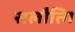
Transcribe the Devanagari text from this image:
सलौत्गि